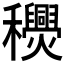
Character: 𥤎